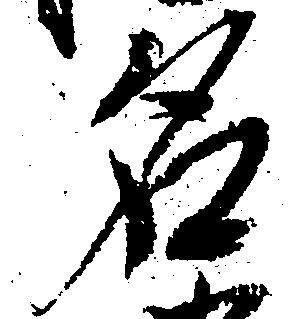
名